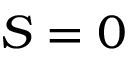
S = 0